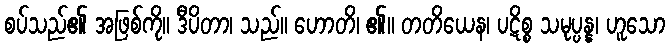
စပ်သည်၏ အဖြစ်ကို။ ဒီပိတာ၊ သည်။ ဟောတိ၊ ၏။ တတိယေန၊ ပဋိစ္စ သမုပ္ပန္န၊ ဟူသော